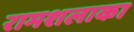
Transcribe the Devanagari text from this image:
रामशलाका